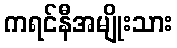
ကရင်နီအမျိုးသား